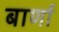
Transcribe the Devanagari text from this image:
बार्णा